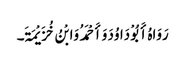
رَوَاہُ أَبُوْ دَاوُدَ وَأَحْمَدُ وَابْنُ خُزَیْمَۃَ۔